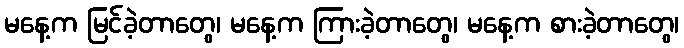
မနေ့က မြင်ခဲ့တာတွေ၊ မနေ့က ကြားခဲ့တာတွေ၊ မနေ့က စားခဲ့တာတွေ၊